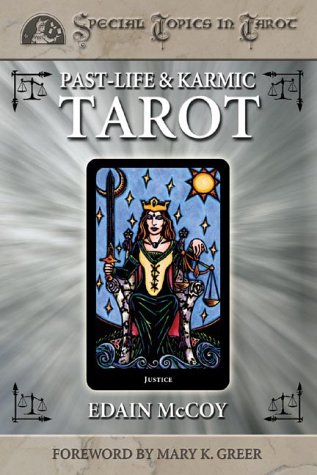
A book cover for Past-Life & Karmic Tarot (Special Topics in Tarot Series); Edain McCoy; Religion & Spirituality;